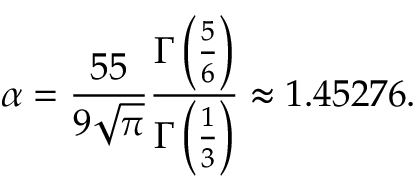
\alpha = \frac { 5 5 } { 9 \sqrt { \pi } } \frac { \Gamma \left( \frac { 5 } { 6 } \right) } { \Gamma \left( \frac { 1 } { 3 } \right) } \approx 1 . 4 5 2 7 6 .